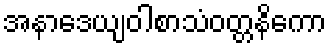
အနာဒေယျဝါစာသံဝတ္တနိကော